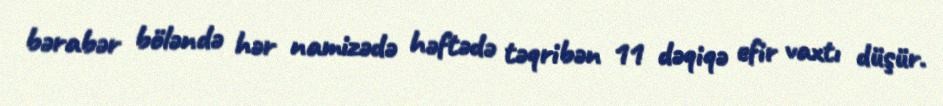
bərabər böləndə hər namizədə həftədə təqribən 11 dəqiqə efir vaxtı düşür.